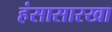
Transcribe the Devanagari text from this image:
हंसासारखा